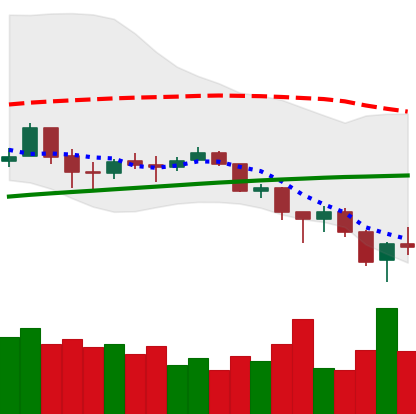
Ticker: BTC-USD
Chart end date: 2018-02-07
Forward return: 17.127%
Label: up_7plus